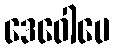
ဒေဝေါပေ